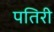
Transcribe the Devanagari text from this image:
पतिरी